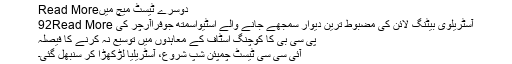
دوسرے ٹیسٹ میچ میںRead More
آسٹریلوی بیٹنگ لائن کی مضبوط ترین دیوار سمجھے جانے والے اسٹیواسمتھ جوفراآرچر کی 92Read More
پی سی بی کا کوچنگ اسٹاف کے معاہدوں میں توسیع نہ کرنے کا فیصلہ
آئی سی سی ٹیسٹ چمپئن شپ شروع، آسٹریلیا لڑکھڑا کر سنبھل گئی۔